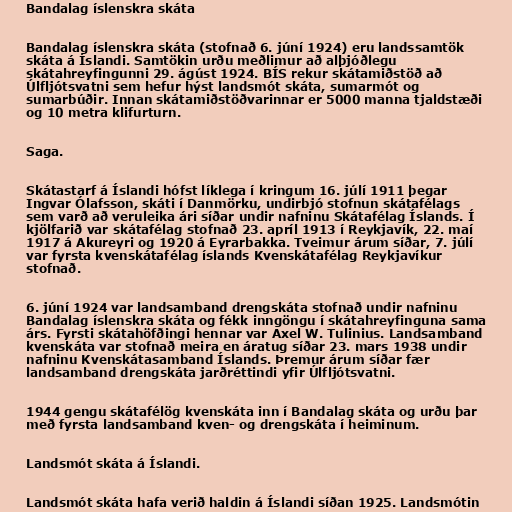
Bandalag íslenskra skáta

Bandalag íslenskra skáta (stofnað 6. júní 1924) eru landssamtök
skáta á Íslandi. Samtökin urðu meðlimur að alþjóðlegu
skátahreyfingunni 29. ágúst 1924. BÍS rekur skátamiðstöð að
Úlfljótsvatni sem hefur hýst landsmót skáta, sumarmót og
sumarbúðir. Innan skátamiðstöðvarinnar er 5000 manna tjaldstæði
og 10 metra klifurturn.

Saga.

Skátastarf á Íslandi hófst líklega í kringum 16. júlí 1911 þegar
Ingvar Ólafsson, skáti í Danmörku, undirbjó stofnun skátafélags
sem varð að veruleika ári síðar undir nafninu Skátafélag Íslands. Í
kjölfarið var skátafélag stofnað 23. apríl 1913 í Reykjavík, 22. maí
1917 á Akureyri og 1920 á Eyrarbakka. Tveimur árum síðar, 7. júlí
var fyrsta kvenskátafélag íslands Kvenskátafélag Reykjavíkur
stofnað.

6. júní 1924 var landsamband drengskáta stofnað undir nafninu
Bandalag íslenskra skáta og fékk inngöngu í skátahreyfinguna sama
árs. Fyrsti skátahöfðingi hennar var Axel W. Tulinius. Landsamband
kvenskáta var stofnað meira en áratug síðar 23. mars 1938 undir
nafninu Kvenskátasamband Íslands. Þremur árum síðar fær
landsamband drengskáta jarðréttindi yfir Úlfljótsvatni.

1944 gengu skátafélög kvenskáta inn í Bandalag skáta og urðu þar
með fyrsta landsamband kven- og drengskáta í heiminum.

Landsmót skáta á Íslandi.

Landsmót skáta hafa verið haldin á Íslandi síðan 1925. Landsmótin